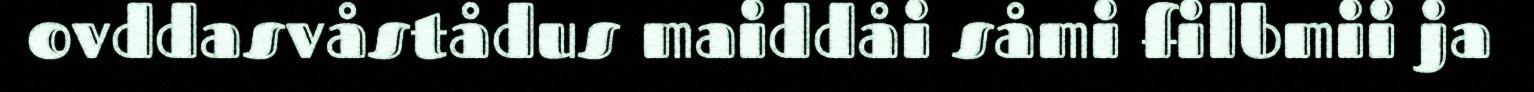
ovddasvåstådus maiddåi såmi filbmii ja